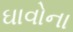
ઘાવોના